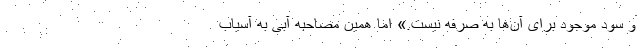
و سود موجود برای آن‌ها به صرفه نیست.» اما همین مصاحبه آبی به آسیاب